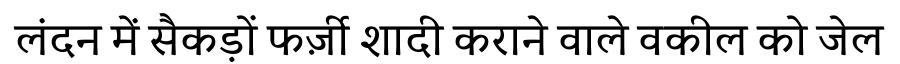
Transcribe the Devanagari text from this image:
लंदन में सैकड़ों फर्ज़ी शादी कराने वाले वकील को जेल